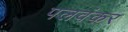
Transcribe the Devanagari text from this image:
पलवंकर